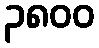
၃၈၀၀